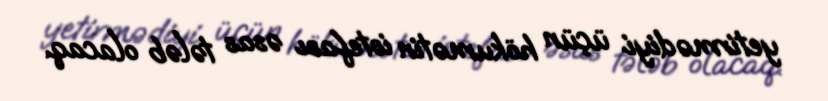
yetirmədiyi üçün hökumətin istefası əsas tələb olacaq.